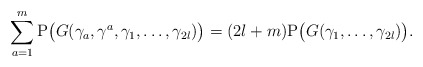
\begin{align*} \sum_{a=1}^{m}\mathrm{P}\big(G(\gamma_a,\gamma^a,\gamma_1,\dots,\gamma_{2l})\big) =(2l+m)\mathrm{P}\big(G(\gamma_1,\dots,\gamma_{2l})\big).\end{align*}